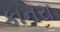
કાનરા